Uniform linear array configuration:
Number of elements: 64
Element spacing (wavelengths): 0.25
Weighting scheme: uniform
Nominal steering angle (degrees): -30
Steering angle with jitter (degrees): -29.694
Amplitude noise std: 0.05
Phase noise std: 0.05

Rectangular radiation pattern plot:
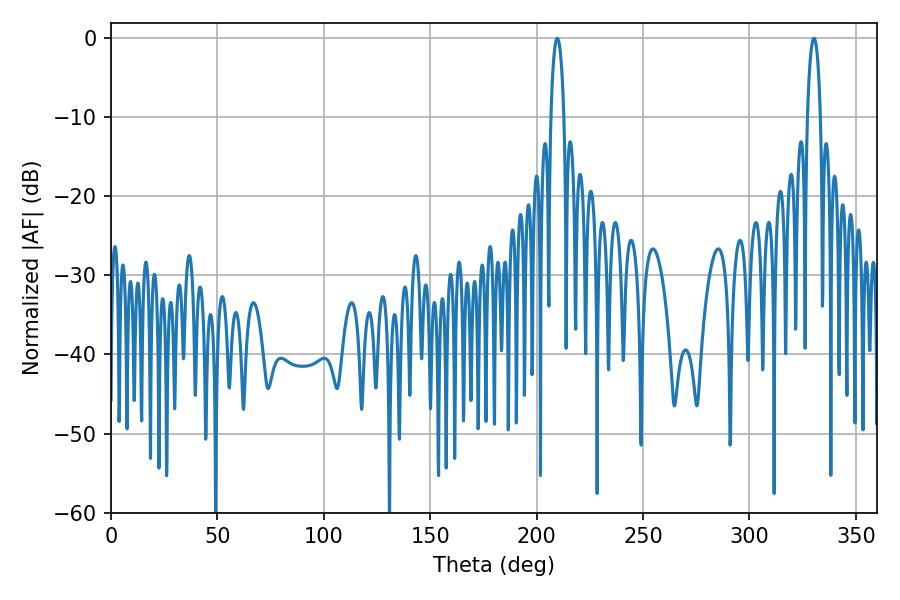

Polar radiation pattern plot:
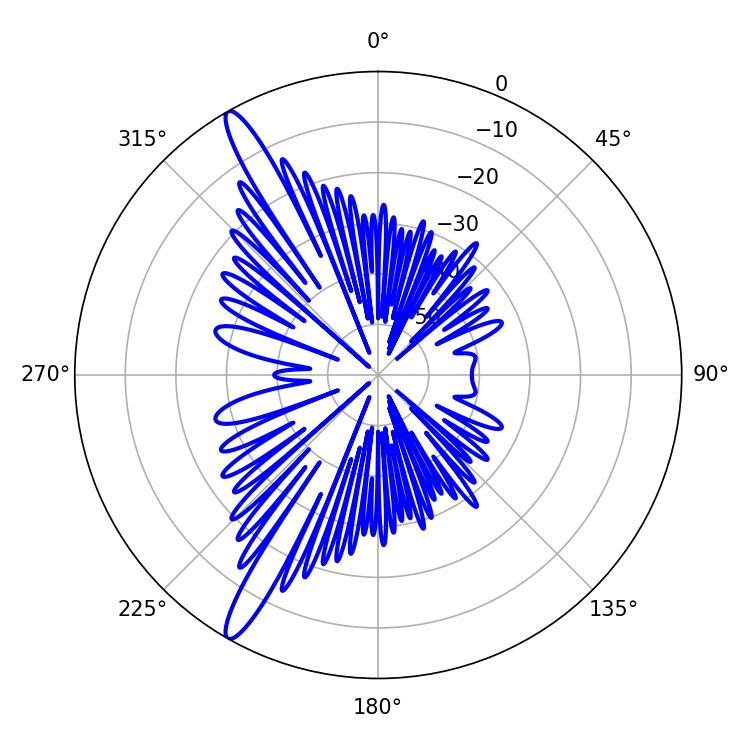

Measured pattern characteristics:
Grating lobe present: FALSE
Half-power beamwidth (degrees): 3.6
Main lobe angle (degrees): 209.7